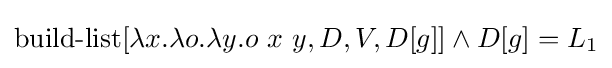
\operatorname {build-list} [\lambda x.\lambda o.\lambda y.o\ x\ y,D,V,D[g]]\land D[g]=L_{1}